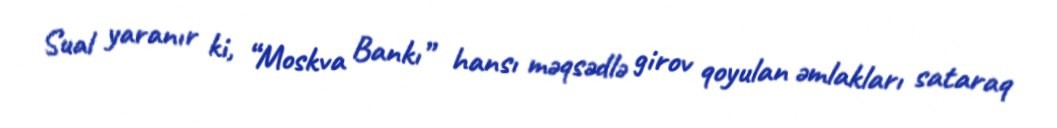
Sual yaranır ki, “Moskva Bankı” hansı məqsədlə girov qoyulan əmlakları sataraq